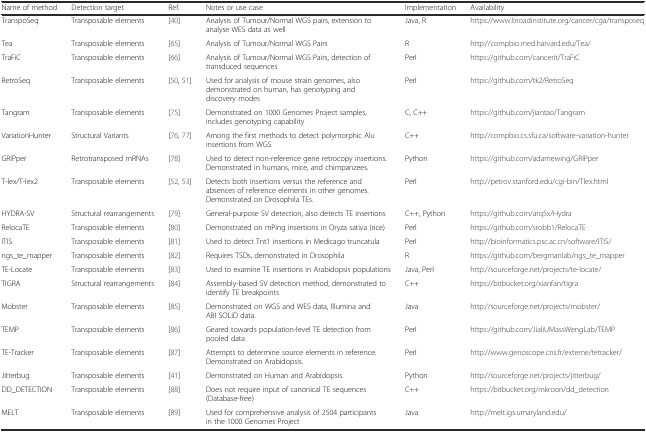
<table><thead><tr><td><b>Name of method</b></td><td><b>Detection target</b></td><td><b>Ref.</b></td><td><b>Notes or use case</b></td><td><b>Implementation</b></td><td><b>Availability</b></td></tr></thead><tbody><tr><td>TranspoSeq</td><td>Transposable elements</td><td>[40]</td><td>Analysis of Tumour/Normal WGS pairs, extension to analyse WES data as well</td><td>Java, R</td><td>https://www.broadinstitute.org/cancer/cga/transposeq</td></tr><tr><td>Tea</td><td>Transposable elements</td><td>[65]</td><td>Analysis of Tumour/Normal WGS Pairs</td><td>R</td><td>http://compbio.med.harvard.edu/Tea/</td></tr><tr><td>TraFiC</td><td>Transposable elements</td><td>[66]</td><td>Analysis of Tumour/Normal WGS Pairs, detection of transduced sequences</td><td>Perl</td><td>https://github.com/cancerit/TraFiC</td></tr><tr><td>RetroSeq</td><td>Transposable elements</td><td>[50, 51]</td><td>Used for analysis of mouse strain genomes, also demonstrated on human, has genotyping and discovery modes</td><td>Perl</td><td>https://github.com/tk2/RetroSeq</td></tr><tr><td>Tangram</td><td>Transposable elements</td><td>[75]</td><td>Demonstrated on 1000 Genomes Project samples, includes genotyping capability</td><td>C, C++</td><td>https://github.com/jiantao/Tangram</td></tr><tr><td>VariationHunter</td><td>Structural Variants</td><td>[76, 77]</td><td>Among the first methods to detect polymorphic Alu insertions from WGS</td><td>C++</td><td>http://compbio.cs.sfu.ca/software-variation-hunter</td></tr><tr><td>GRIPper</td><td>Retrotransposed mRNAs</td><td>[78]</td><td>Used to detect non-reference gene retrocopy insertions. Demonstrated in humans, mice, and chimpanzees.</td><td>Python</td><td>https://github.com/adamewing/GRIPper</td></tr><tr><td>T-lex/T-lex2</td><td>Transposable elements</td><td>[52, 53]</td><td>Detects both insertions versus the reference and absences of reference elements in other genomes. Demonstrated on Drosophila TEs.</td><td>Perl</td><td>http://petrov.stanford.edu/cgi-bin/Tlex.html</td></tr><tr><td>HYDRA-SV</td><td>Structural rearrangements</td><td>[79]</td><td>General-purpose SV detection, also detects TE insertions</td><td>C++, Python</td><td>https://github.com/arq5x/Hydra</td></tr><tr><td>RelocaTE</td><td>Transposable elements</td><td>[80]</td><td>Demonstrated on mPing insertions in Oryza sativa (rice)</td><td>Perl</td><td>https://github.com/srobb1/RelocaTE</td></tr><tr><td>ITIS</td><td>Transposable elements</td><td>[81]</td><td>Used to detect Tnt1 insertions in Medicago truncatula</td><td>Perl</td><td>http://bioinformatics.psc.ac.cn/software/ITIS/</td></tr><tr><td>ngs_te_mapper</td><td>Transposable elements</td><td>[82]</td><td>Requires TSDs, demonstrated in Drosophila</td><td>R</td><td>https://github.com/bergmanlab/ngs_te_mapper</td></tr><tr><td>TE-Locate</td><td>Transposable elements</td><td>[83]</td><td>Used to examine TE insertions in Arabidopsis populations</td><td>Java, Perl</td><td>http://sourceforge.net/projects/te-locate/</td></tr><tr><td>TIGRA</td><td>Structural rearrangements</td><td>[84]</td><td>Assembly-based SV detection method, demonstrated to identify TE breakpoints</td><td>C++</td><td>https://bitbucket.org/xianfan/tigra</td></tr><tr><td>Mobster</td><td>Transposable elements</td><td>[85]</td><td>Demonstrated on WGS and WES data, Illumina and ABI SOLiD data.</td><td>Java</td><td>http://sourceforge.net/projects/mobster/</td></tr><tr><td>TEMP</td><td>Transposable elements</td><td>[86]</td><td>Geared towards population-level TE detection from pooled data</td><td>Perl</td><td>https://github.com/JialiUMassWengLab/TEMP</td></tr><tr><td>TE-Tracker</td><td>Transposable elements</td><td>[87]</td><td>Attempts to determine source elements in reference. Demonstrated on Arabidopsis.</td><td>Perl</td><td>http://www.genoscope.cns.fr/externe/tetracker/</td></tr><tr><td>Jitterbug</td><td>Transposable elements</td><td>[41]</td><td>Demonstrated on Human and Arabidopsis.</td><td>Python</td><td>http://sourceforge.net/projects/jitterbug/</td></tr><tr><td>DD_DETECTION</td><td>Transposable elements</td><td>[88]</td><td>Does not require input of canonical TE sequences (Database-free)</td><td>C++</td><td>https://bitbucket.org/mkroon/dd_detection</td></tr><tr><td>MELT</td><td>Transposable elements</td><td>[89]</td><td>Used for comprehensive analysis of 2504 participants in the 1000 Genomes Project</td><td>Java</td><td>http://melt.igs.umaryland.edu/</td></tr></tbody></table>